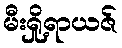
မီးရှို့ရာယဇ်